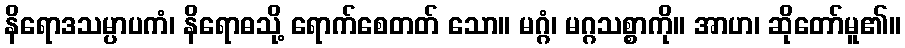
နိရောဒသမ္ပာပကံ၊ နိရောဓသို့ ရောက်စေတတ် သော။ မဂ္ဂံ၊ မဂ္ဂသစ္စာကို။ အာဟ၊ ဆိုတော်မူ၏။